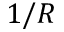
1 / R